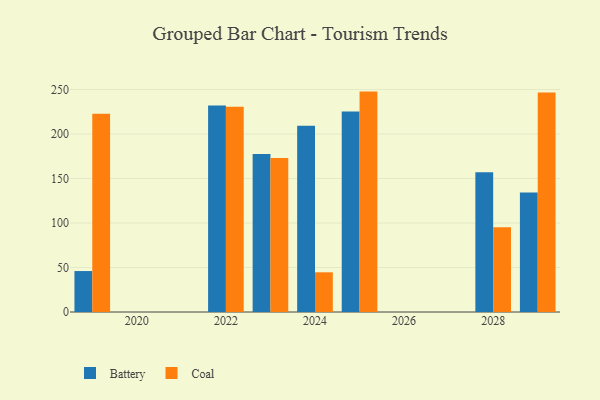
{"axis": {"x": "Year", "y": "Inventory Turnover"}, "legend": ["Battery", "Coal"], "data": [{"x": "2029", "y": 134.2, "type": "Battery"}, {"x": "2029", "y": 246.7, "type": "Coal"}, {"x": "2028", "y": 157.0, "type": "Battery"}, {"x": "2028", "y": 95.3, "type": "Coal"}, {"x": "2019", "y": 46.0, "type": "Battery"}, {"x": "2019", "y": 222.8, "type": "Coal"}, {"x": "2025", "y": 225.2, "type": "Battery"}, {"x": "2025", "y": 247.6, "type": "Coal"}, {"x": "2023", "y": 177.6, "type": "Battery"}, {"x": "2023", "y": 173.0, "type": "Coal"}, {"x": "2022", "y": 232.0, "type": "Battery"}, {"x": "2022", "y": 230.6, "type": "Coal"}, {"x": "2024", "y": 209.2, "type": "Battery"}, {"x": "2024", "y": 44.6, "type": "Coal"}]}